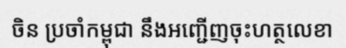
ចិន ប្រចាំកម្ពុជា នឹងអញ្ជើញចុះហត្ថលេខា